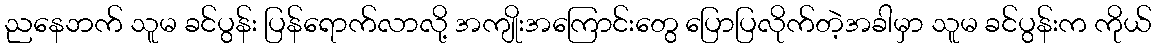
ညနေဘက် သူမ ခင်ပွန်း ပြန်ရောက်လာလို့ အကျိုးအကြောင်းတွေ ပြောပြလိုက်တဲ့အခါမှာ သူမ ခင်ပွန်းက ကိုယ်